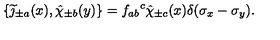
\{ \widetilde \jmath _ { \pm a } ( x ) , \hat { \chi } _ { \pm b } ( y ) \} = { f _ { a b } } ^ { c } \hat { \chi } _ { \pm c } ( x ) \delta ( \sigma _ { x } - \sigma _ { y } ) .